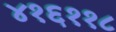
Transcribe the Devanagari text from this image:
४१६११८